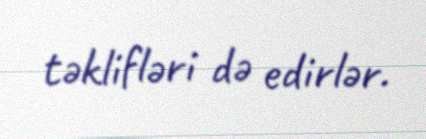
təklifləri də edirlər.